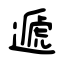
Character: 遞